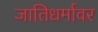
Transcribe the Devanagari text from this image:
जातिधर्मावर